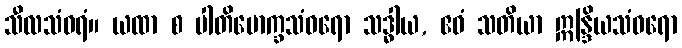
သီလသံဝရံ။ ယထာ စ ပါတိမောက္ခသံဝရော သဒ္ဓါယ, ဧဝံ သတိယာ ဣန္ဒြိယသံဝရော